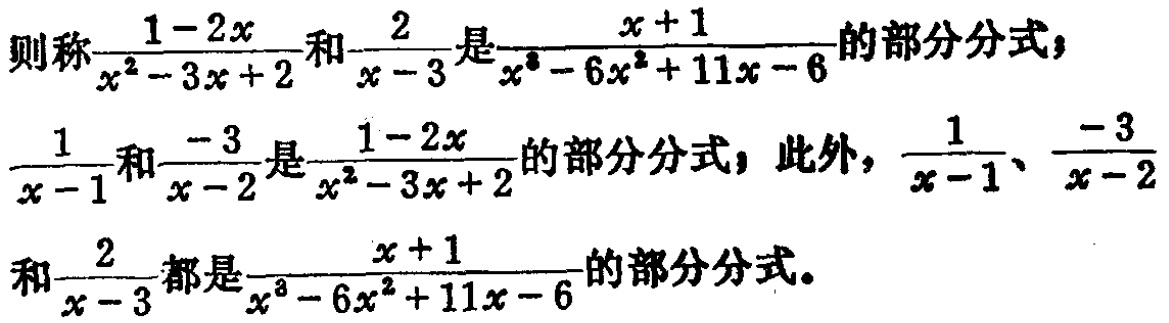
则称$\frac{1 - 2x}{x^{2} - 3x + 2}$和$\frac{2}{x - 3}$是$\frac{x + 1}{x^{3} - 6x^{2} + 11x - 6}$的部分分式；
$\frac{1}{x - 1}$和$\frac{- 3}{x - 2}$是$\frac{1 - 2x}{x^{2} - 3x + 2}$的部分分式，此外，$\frac{1}{x - 1}$、$\frac{- 3}{x - 2}$
和$\frac{2}{x - 3}$都是$\frac{x + 1}{x^{3} - 6x^{2} + 11x - 6}$的部分分式。